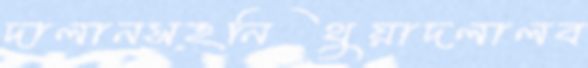
দালানসহনিথুয়াদলালব